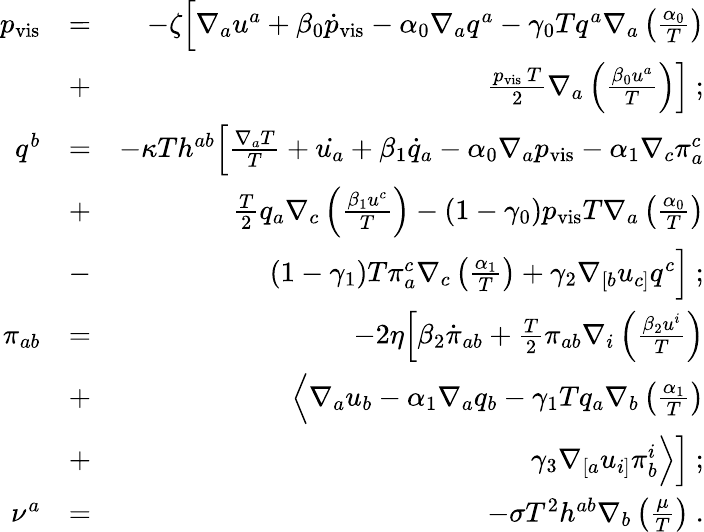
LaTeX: \begin{array}{rlr}{p_{\textrm{vis}}}&{=}&{-\zeta\Big[\nabla_{a}u^{a}+\beta_{0}\dot{p}_{\textrm{vis}}-\alpha_{0}\nabla_{a}q^{a}-\gamma_{0}Tq^{a}\nabla_{a}\left(\frac{\alpha_{0}}{T}\right)}\\ &{+}&{\frac{p_{\textrm{vis}}~T}{2}\nabla_{a}\left(\frac{\beta_{0}u^{a}}{T}\right)\Big]~;}\\ {q^{b}}&{=}&{-\kappa Th^{ab}\Big[\frac{\nabla_{a}T}{T}+\dot{u_{a}}+\beta_{1}\dot{q}_{a}-\alpha_{0}\nabla_{a}p_{\textrm{vis}}-\alpha_{1}\nabla_{c}\pi_{a}^{c}}\\ &{+}&{\frac{T}{2}q_{a}\nabla_{c}\left(\frac{\beta_{1}u^{c}}{T}\right)-(1-\gamma_{0})p_{\textrm{vis}}T\nabla_{a}\left(\frac{\alpha_{0}}{T}\right)}\\ &{-}&{(1-\gamma_{1})T\pi_{a}^{c}\nabla_{c}\left(\frac{\alpha_{1}}{T}\right)+\gamma_{2}\nabla_{[b}u_{c]}q^{c}\Big]~;}\\ {\pi_{ab}}&{=}&{-2\eta\Big[\beta_{2}\dot{\pi}_{ab}+\frac{T}{2}\pi_{ab}\nabla_{i}\left(\frac{\beta_{2}u^{i}}{T}\right)}\\ &{+}&{\Big<\nabla_{a}u_{b}-\alpha_{1}\nabla_{a}q_{b}-\gamma_{1}Tq_{a}\nabla_{b}\left(\frac{\alpha_{1}}{T}\right)}\\ &{+}&{\gamma_{3}\nabla_{[a}u_{i]}\pi_{b}^{i}\Big>\Big]~;}\\ {\nu^{a}}&{=}&{-\sigma T^{2}h^{ab}\nabla_{b}\left(\frac{\mu}{T}\right)~.}\end{array}